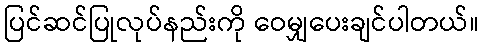
ပြင်ဆင်ပြုလုပ်နည်းကို ဝေမျှပေးချင်ပါတယ်။